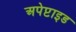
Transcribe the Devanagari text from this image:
अपेप्टाइड